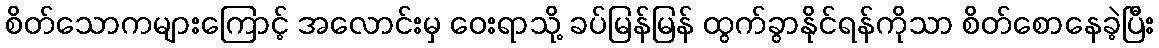
စိတ်သောကများကြောင့် အလောင်းမှ ဝေးရာသို့ ခပ်မြန်မြန် ထွက်ခွာနိုင်ရန်ကိုသာ စိတ်စောနေခဲ့ပြီး